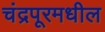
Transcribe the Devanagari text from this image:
चंद्रपूरमधील